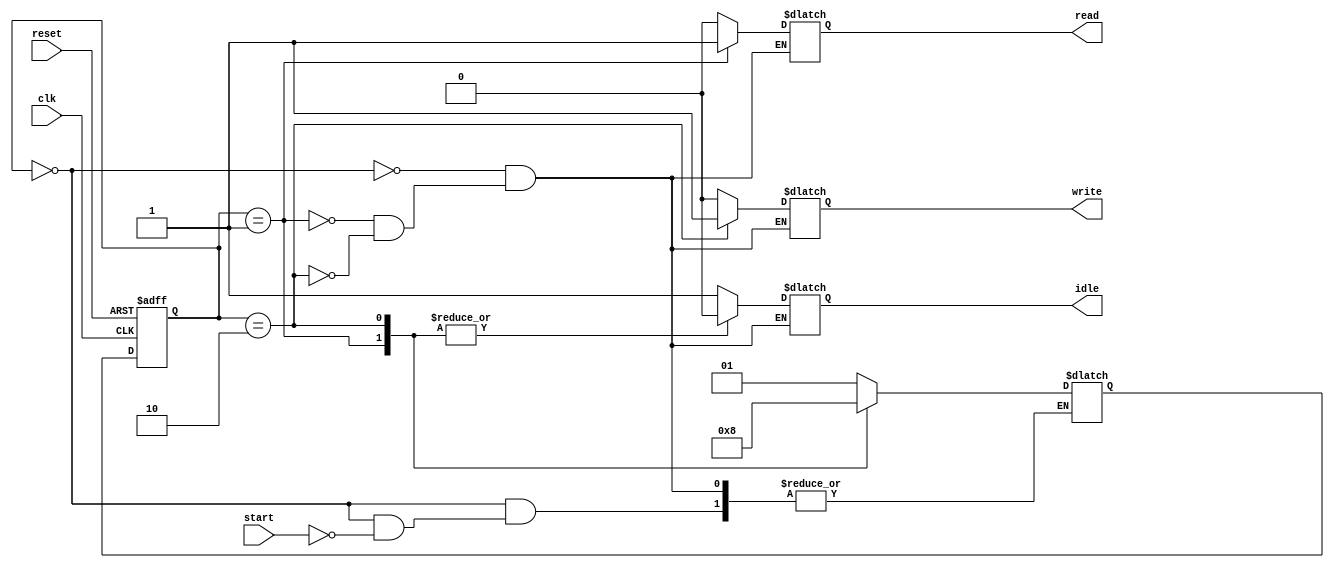
module state_machine (
    input wire clk,
    input wire reset,
    input wire start,
    output reg read,
    output reg write,
    output reg idle
);
    // State definitions
    parameter IDLE = 2'b00;
    parameter READ = 2'b01;
    parameter WRITE = 2'b10;
    
    // State register
    reg [1:0] state_reg, state_next;
    
    // State machine logic
    always @(posedge clk or posedge reset) begin
        if (reset) begin
            state_reg <= IDLE;
        end else begin
            state_reg <= state_next;
        end
    end
    
    always @(*) begin
        case(state_reg)
            IDLE: begin
                idle = 1;
                read = 0;
                write = 0;
                if (start) begin
                    state_next = READ;
                end
            end
            READ: begin
                idle = 0;
                read = 1;
                write = 0;
                state_next = WRITE;
            end
            WRITE: begin
                idle = 0;
                read = 0;
                write = 1;
                state_next = IDLE;
            end
        endcase
    end
endmodule